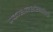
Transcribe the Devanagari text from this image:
प्रकाशनसंस्थांतर्फे